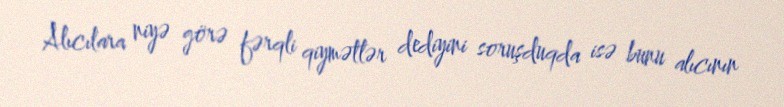
Alıcılara niyə görə fərqli qiymətlər dediyini soruşduqda isə bunu alıcının